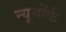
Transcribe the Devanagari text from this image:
न्यूयोंर्क